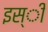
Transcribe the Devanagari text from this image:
इस्ी